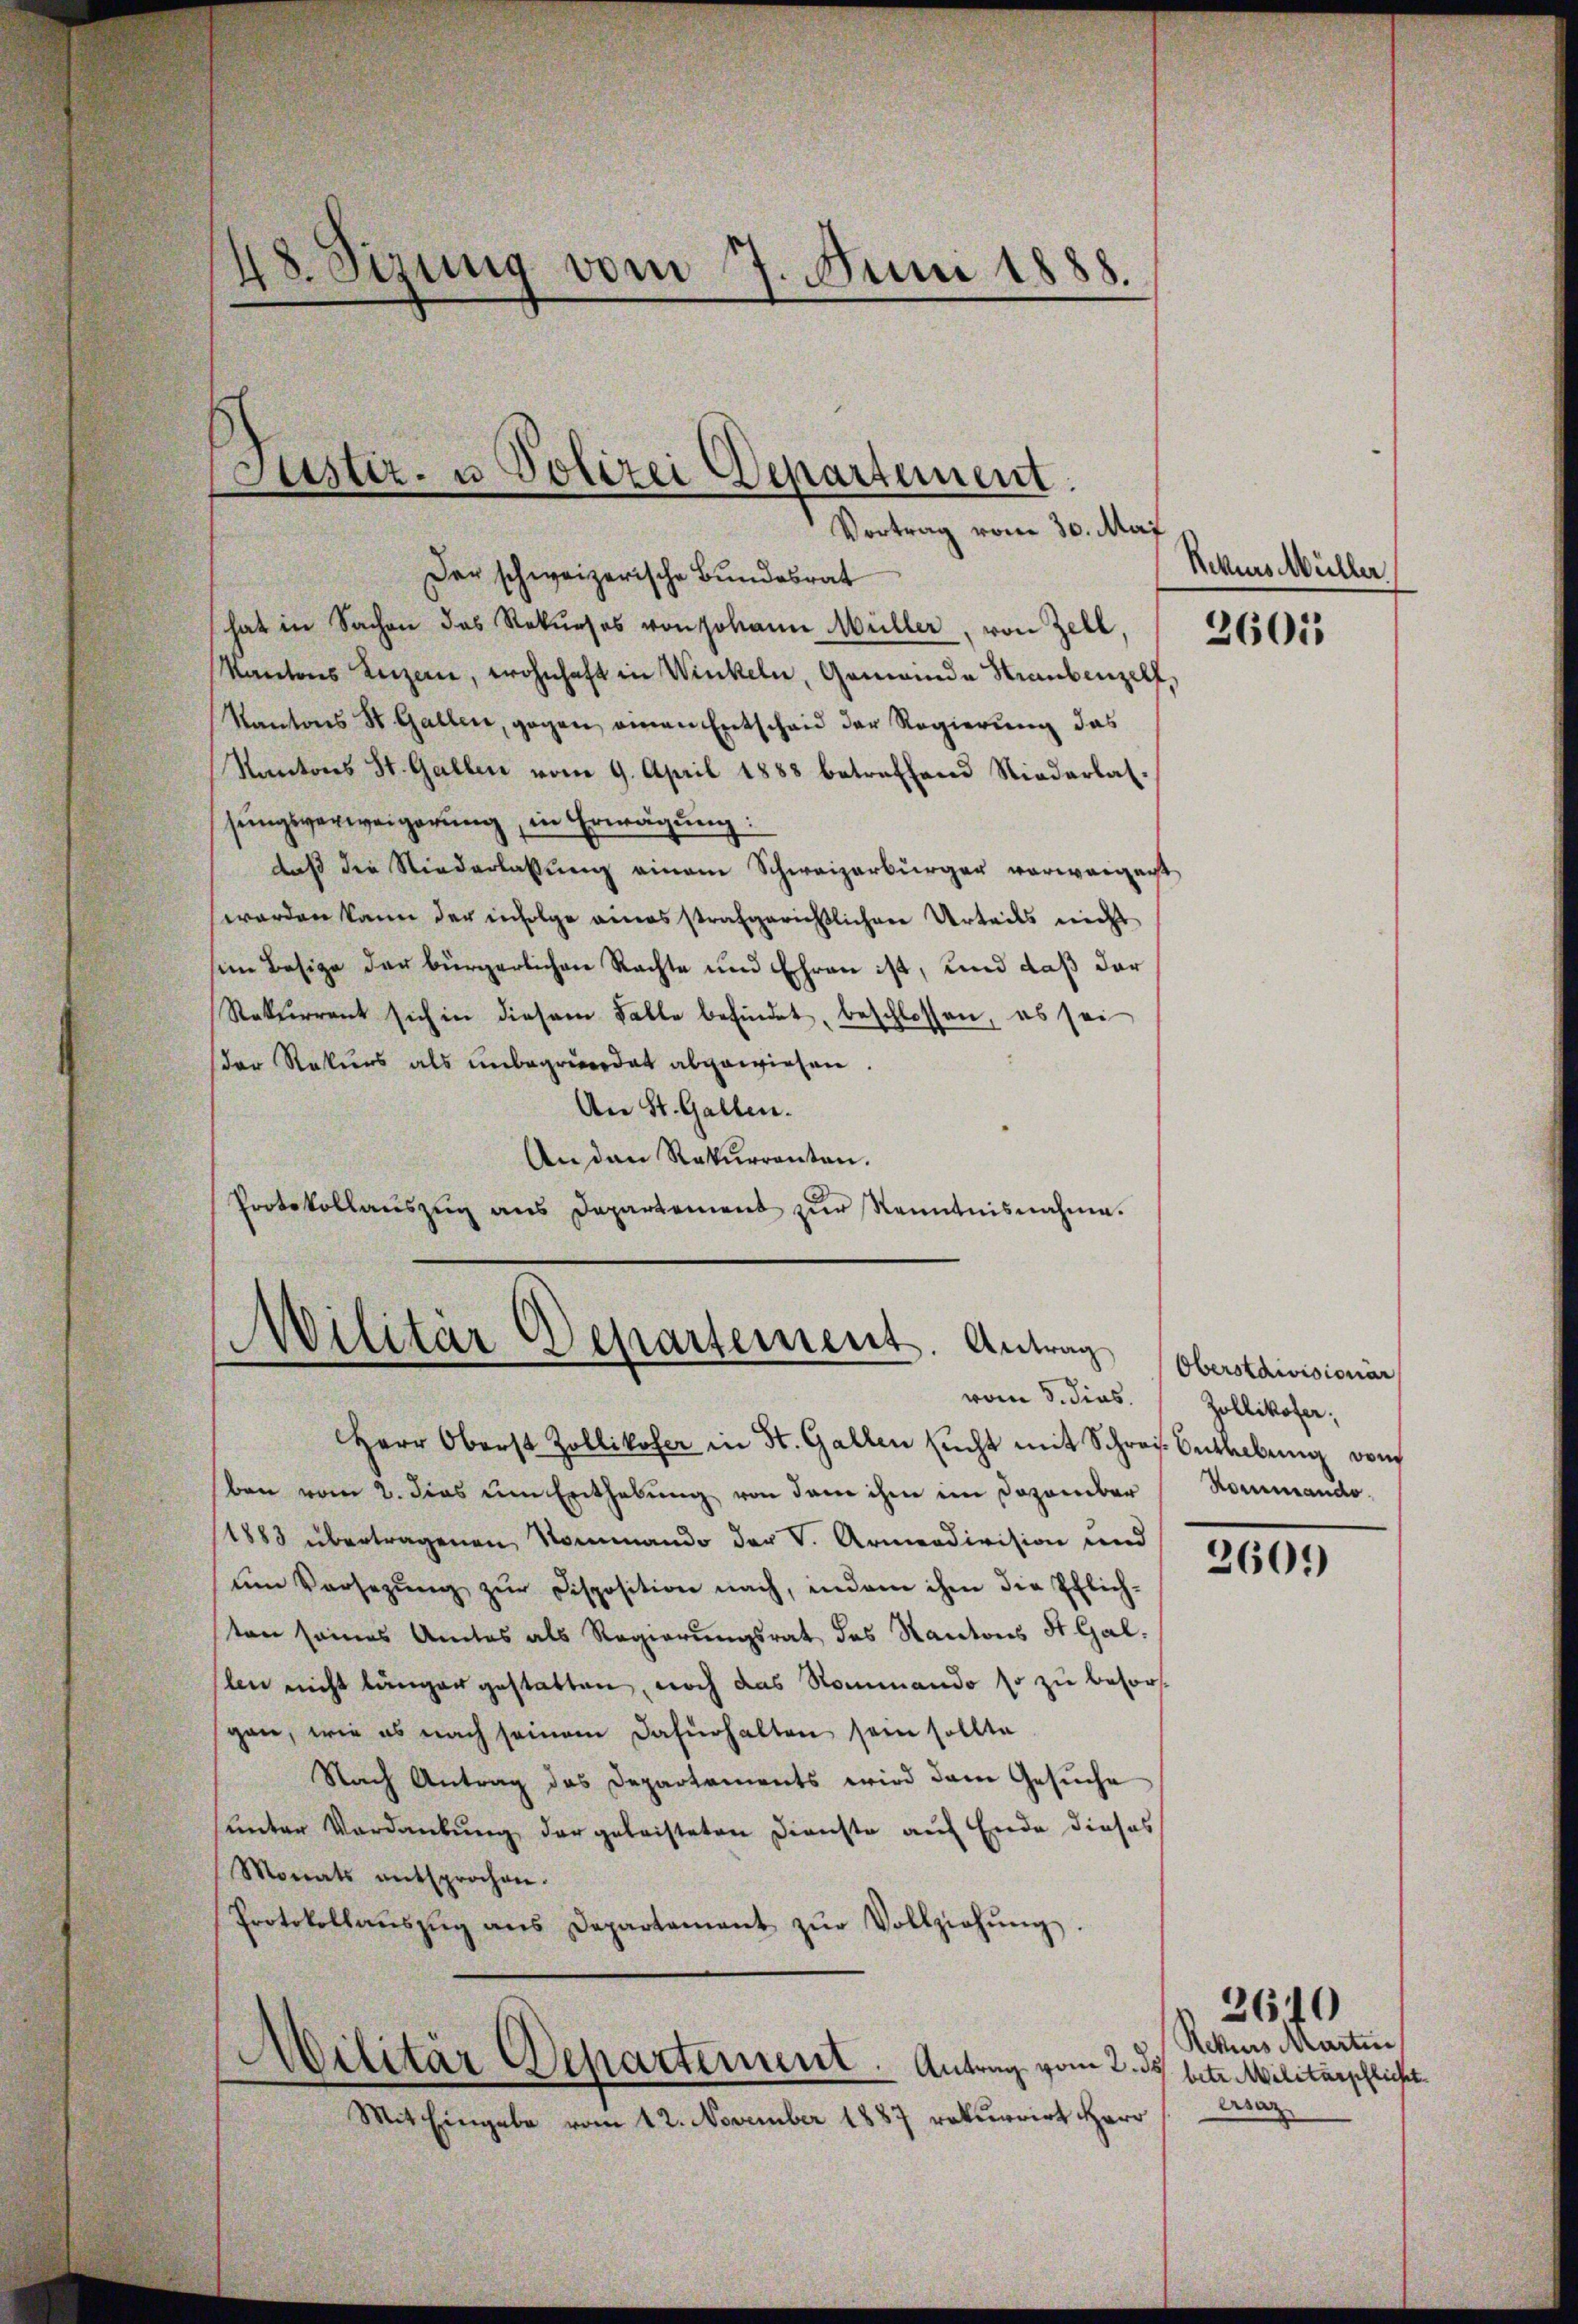
Der schweizerische Bundesrat
hat in Sachen das Rekŭrses von Johann Müller, von Zell,
Kantons Luzern, wohnhaft in Winkeln, Gemeinde Straubenzelf,
Kantons St. Gallen, gegen einen Entscheid der Regierung das
Kantons St. Gallen vom 9. April 1888 betreffend Niederbalsŭngsverweigerung, in Erwägŭng:
daß die Niederlassung einem Schweizerbürger vorweigent
werden kann der infolge eines strafgerichtlichen Urteils nicht
im Besige der bürgerlichen Rachte und Ehren ist, und daß der
Rekurrent sich in diesem Falle befindet, beschlossen, es sei
der Rekurs als unbegründet abgewiesen.
Aen St. Gallen.
An den Rekurrenten.
Protokollauszug aus Departement zur Kenntnisnahme.
Militär Departement. Antrag
vom 3. dies.
Herr Oberst Zollikofer in St. Gallen sŭcht mit Schrei Beweibŭng von
ben vom 2. dies um Enthebung von dem ihm im Dozember
1883 übertragenen Nommando der V. Armendivision und
ŭm Versezŭng zŭr Disposition nach, indem ihm die Pflich-
ten seines Amtes als Regierungsrat des Kantons St. Gal-
slen nicht länger gestatten, noch das Nommando so zu besorgen, wie es nach seinem dafürhalten sein sollte
Nach Antrag des Departements wird dem Gesuche
sunter Verdankung der geleisteten Dienste auf Ende dieses
Monats entsprochen.
Protokollaŭszŭg ans Departement zŭr Vollziehŭng.

48. Sizung vom 7. Juni 1888.

Justiz- u Polizei Departement.
Vortrag vom 30. Mai

Militär Departement. Antrag vom 2. ds. betr. Militärpflicht
Mit Eingabe vom 12. November 1887 rekurrirt Herr Asaz

Rekurs Müller

3601

Oberstaivisionar
Zollikofer,
Kommando

2609

Rekurs Martin

2640